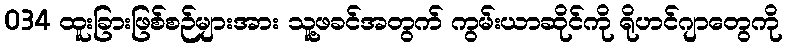
034 ထူးခြားဖြစ်စဉ်များအား သူ့ဖခင်အတွက် ကွမ်းယာဆိုင်ကို ရိုဟင်ဂျာတွေကို